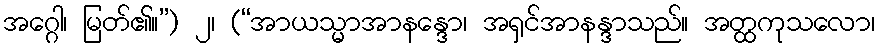
အဂ္ဂေါ၊ မြတ်၏။”) ၂၊ (“အာယသ္မာအာနန္ဒော၊ အရှင်အာနန္ဒာသည်။ အတ္ထကုသလော၊